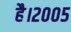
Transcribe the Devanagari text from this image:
है।२००५